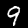
Label: 9